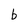
Character: b